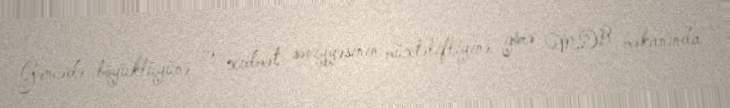
Gəncədə böyüklüyünə və xidmət səviyyəsinin müxtəlifliyinə görə MDB məkanında